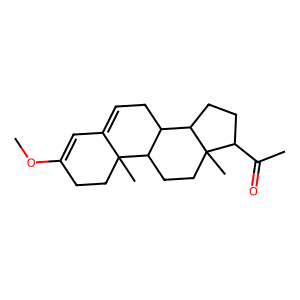
SMILES: COC1=CC2=CCC3C(CCC4(C)C(C(C)=O)CCC34)C2(C)CC1
Inhibits HIV replication: No